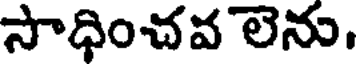
సాధించవ లెను.